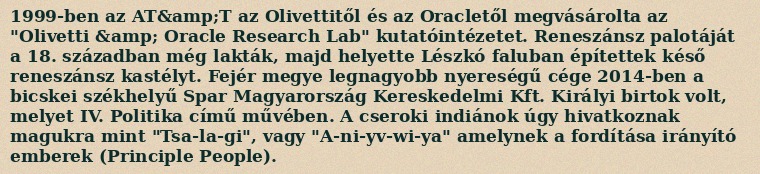
1999-ben az AT&amp;T az Olivettitől és az Oracletől megvásárolta az "Olivetti &amp; Oracle Research Lab" kutatóintézetet. Reneszánsz palotáját a 18. században még lakták, majd helyette Lészkó faluban építettek késő reneszánsz kastélyt. Fejér megye legnagyobb nyereségű cége 2014-ben a bicskei székhelyű Spar Magyarország Kereskedelmi Kft. Királyi birtok volt, melyet IV. Politika című művében. A cseroki indiánok úgy hivatkoznak magukra mint "Tsa-la-gi", vagy "A-ni-yv-wi-ya" amelynek a fordítása irányító emberek (Principle People).